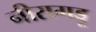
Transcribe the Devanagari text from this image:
नीरागड्डू